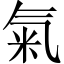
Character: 氣